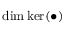
\mathrm { d i m } \, \mathrm { k e r } ( \bullet )